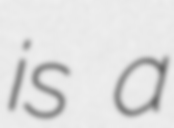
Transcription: is a